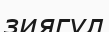
зиягүл